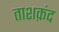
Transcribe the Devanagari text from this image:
ताशक़ंद